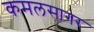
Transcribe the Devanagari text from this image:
कमलसागर